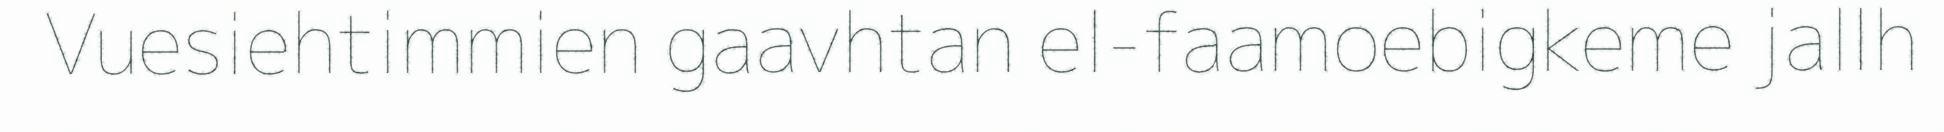
Vuesiehtimmien gaavhtan el-faamoebigkeme jallh